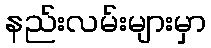
နည်းလမ်းများမှာ